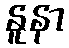
နူနာ